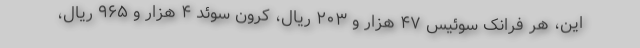
این، هر فرانک سوئیس ۴۷ هزار و ۲۰۳ ریال، کرون سوئد ۴ هزار و ۹۶۵ ریال،